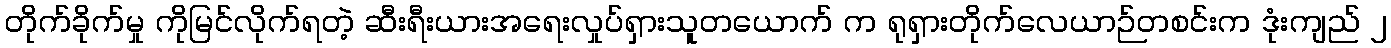
တိုက်ခိုက်မှု ကိုမြင်လိုက်ရတဲ့ ဆီးရီးယားအရေးလှုပ်ရှားသူတယောက် က ရုရှားတိုက်လေယာဉ်တစင်းက ဒုံးကျည် ၂